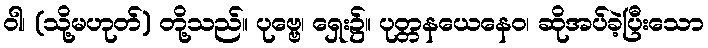
ဝါ၊ (သို့မဟုတ်) တို့သည်။ ပုဗ္ဗေ၊ ရှေး၌။ ပုတ္တနယေနေဝ၊ ဆိုအပ်ခဲ့ပြီးသော